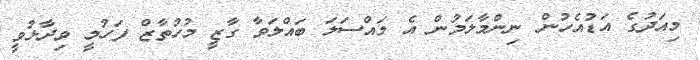
މިއަދުގެ އަޑުއެހުން ނިންމާލަމުން އެ މައްސަލަ ބައްލަވާ ގާޒީ މުހުތާޒް ފަހުމީ ވިދާޅުވީ